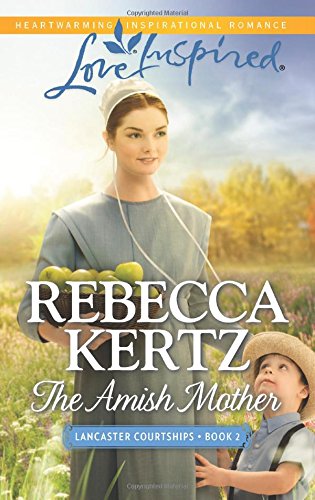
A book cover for The Amish Mother (Lancaster Courtships); Rebecca Kertz; Romance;